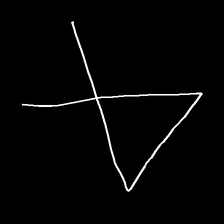
Glyph: collection